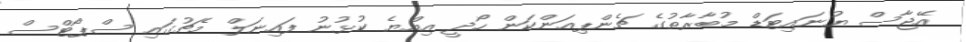
އޭޖާސް ޔުނައިޓަޑް މުބާރާތުގެ ޗެންޕިއަންކަން ހޯދީ އިއްޔެ ކުޅުނު ފައިނަލް މެޗުގައި ސްޕޯޓްސް